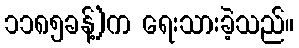
၁၁၈၅ခန့်)က ရေးသားခဲ့သည်။